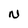
Character: N